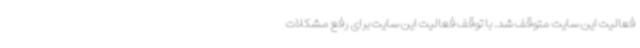
فعالیت این سایت متوقف شد. با توقف فعالیت این سایت برای رفع مشکلات